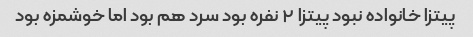
پیتزا خانواده نبود پیتزا ۲ نفره بود سرد هم بود اما خوشمزه بود